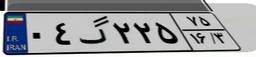
۲۷گ۵۱۳۰۹